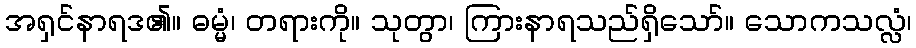
အရှင်နာရဒ၏။ ဓမ္မံ၊ တရားကို။ သုတွာ၊ ကြားနာရသည်ရှိသော်။ သောကသလ္လံ၊